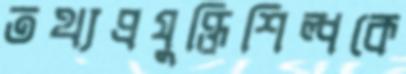
তথ্যপ্রযুক্তিশিল্পকে